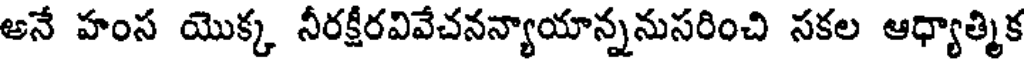
అనే హంస యొక్క నీరక్షీరవివేచనన్యాయాన్ననుసరించి సకల ఆధ్యాత్మిక